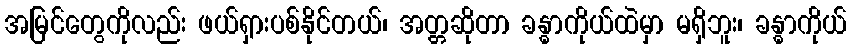
အမြင်တွေကိုလည်း ဖယ်ရှားပစ်နိုင်တယ်၊ အတ္တဆိုတာ ခန္ဓာကိုယ်ထဲမှာ မရှိဘူး၊ ခန္ဓာကိုယ်